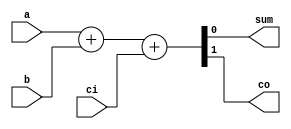
/* 
Adder

by Jefferson Lopes

Reference: Asic-world
*/


module addbit(a, b, ci, sum, co);
  input a;
  input b;
  input ci;

  output sum;
  output co;
  
  wire a;
  wire b;
  wire ci;
  wire sum;
  wire co;
  
  assign {co, sum} = a + b + ci;
  
endmodule



module adder(resul, carry, r1, r2, ci);
  input [3:0] r1;
  input [3:0] r2;
  input ci;
  
  output [3:0] resul;
  output carry;
  
  wire [3:0] r1;
  wire [3:0] r2;
  wire ci;
  wire [3:0] resul;
  wire carry;
  
  wire c1;
  wire c2;
  wire c3;
  
  addbit u0 (r1[0], r2[0], ci, resul[0], c1);
  
  addbit u1 (r1[1], r2[1], c1, resul[1], c2);
  
  addbit u2 (r1[2], r2[2], c2, resul[2], c3);
  
  addbit u3 (r1[3], r2[3], c3, resul[3], carry);
  
endmodule
  


/*
module adder(resul, carry, r1, r2, ci);//explicit
  input [3:0] r1;
  input [3:0] r2;
  input ci;
  
  output [3:0] resul;
  output carry;
  
  wire [3:0] r1;
  wire [3:0] r2;
  wire ci;
  wire [3:0] resul;
  wire carry;
  
  wire c1;
  wire c2;
  wire c3;
  
  addbit u0 (
    .a(r1[0]), 
    .b(r2[0]), 
    .ci(ci), 
    .sum(resul[0]), 
    .co(c1)
  );
  
  addbit u1 (
    .a(r1[1]), 
    .b(r2[1]), 
    .ci(c1), 
    .sum(resul[2]), 
    .co(c2)
  );
  
  addbit u2 (
    .a(r1[2]), 
    .b(r2[2]), 
    .ci(c2), 
    .sum(resul[2]), 
    .co(c3)
  );
  
  addbit u3 (
    .a(r1[3]), 
    .b(r2[3]), 
    .ci(c3), 
    .sum(resul[3]), 
    .co(carry)
  );
  
endmodule
*/